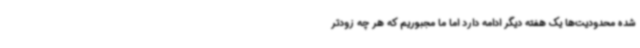
شده محدودیت‌ها یک هفته دیگر ادامه دارد اما ما مجبوریم که هر چه زودتر